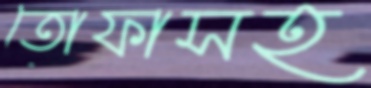
তোফাসহ